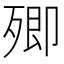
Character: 𣩃